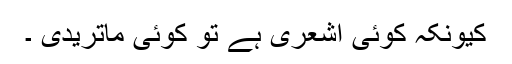
کیونکہ کوئی اشعری ہے تو کوئی ماتریدی ۔